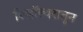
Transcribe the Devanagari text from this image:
रिव्हॉल्वरातून